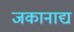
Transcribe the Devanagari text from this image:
जकानाद्य